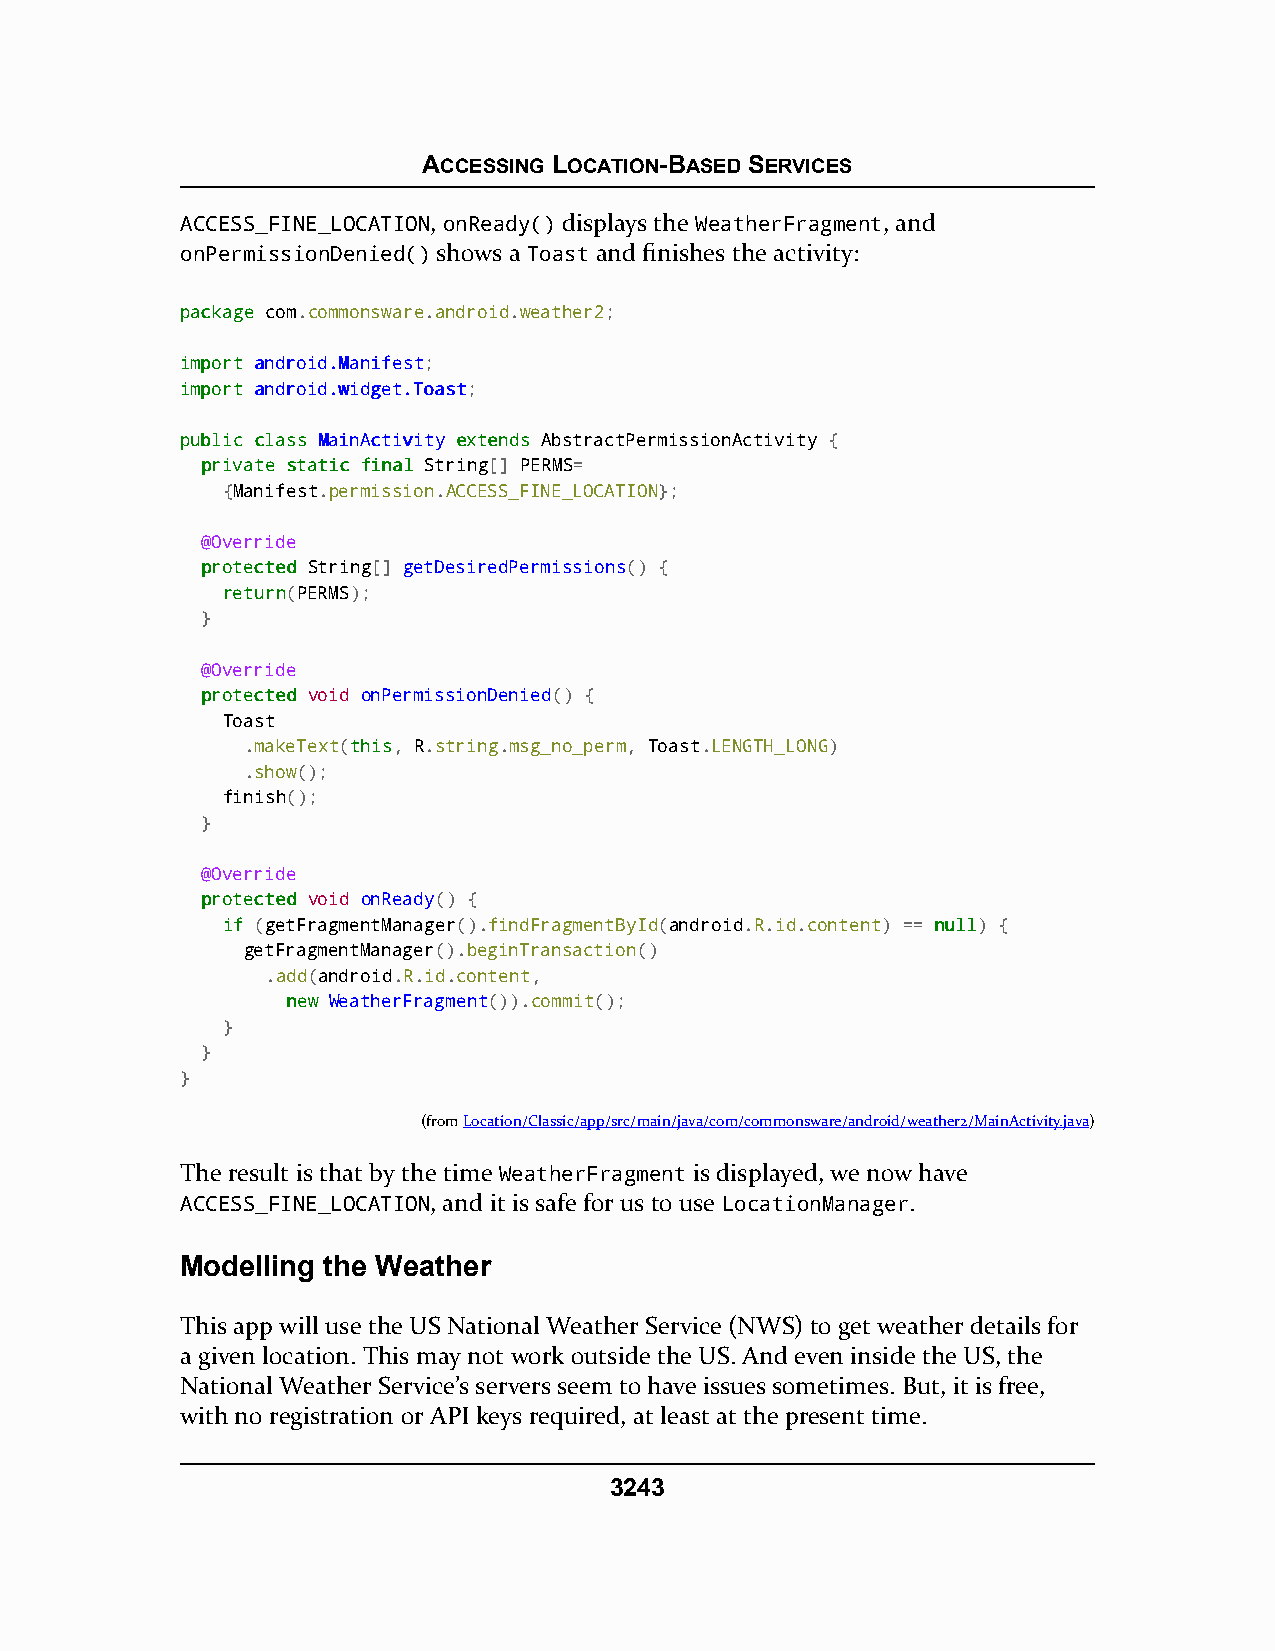
ACCESSING LOCATION-BASED SERVICES
 ACCESS_FINE_LOCATION, onReady() displays the WeatherFragment, and
 onPermissionDenied() shows a Toast and finishes the activity:
 ppaacckkaaggee com.commonsware.android.weather2;
 iimmppoorrtt aannddrrooiidd..MMaanniiffeesstt;
 iimmppoorrtt aannddrrooiidd..wwiiddggeett..TTooaasstt;
 ppuubblliicc ccllaassss MMaaiinnAAccttiivviittyy eexxtteennddss AbstractPermissionActivity {
 pprriivvaattee ssttaattiicc ffiinnaall String[] PERMS=
 {Manifest.permission.ACCESS_FINE_LOCATION};
 @Override
 pprrootteecctteedd String[] getDesiredPermissions() {
 rreettuurrnn(PERMS);
 }
 @Override
 pprrootteecctteedd void onPermissionDenied() {
 Toast
 .makeText(tthhiiss, R.string.msg_no_perm, Toast.LENGTH_LONG)
 .show();
 finish();
 }
 @Override
 pprrootteecctteedd void onReady() {
 iiff (getFragmentManager().findFragmentById(android.R.id.content) == nnuullll) {
 getFragmentManager().beginTransaction()
 .add(android.R.id.content,
 nneeww WeatherFragment()).commit();
 }
 }
 }
 (fromLocation/Classic/app/src/main/java/com/commonsware/android/weather2/MainActivity.java)
 The result is that by the time WeatherFragment is displayed, we now have
 ACCESS_FINE_LOCATION, and it is safe for us to use LocationManager.
 Modelling the Weather
 This app will use the US National Weather Service (NWS) to get weather details for
 a given location. This may not work outside the US. And even inside the US, the
 National Weather Service’s servers seem to have issues sometimes. But, it is free,
 with no registration or API keys required, at least at the present time.
 3243